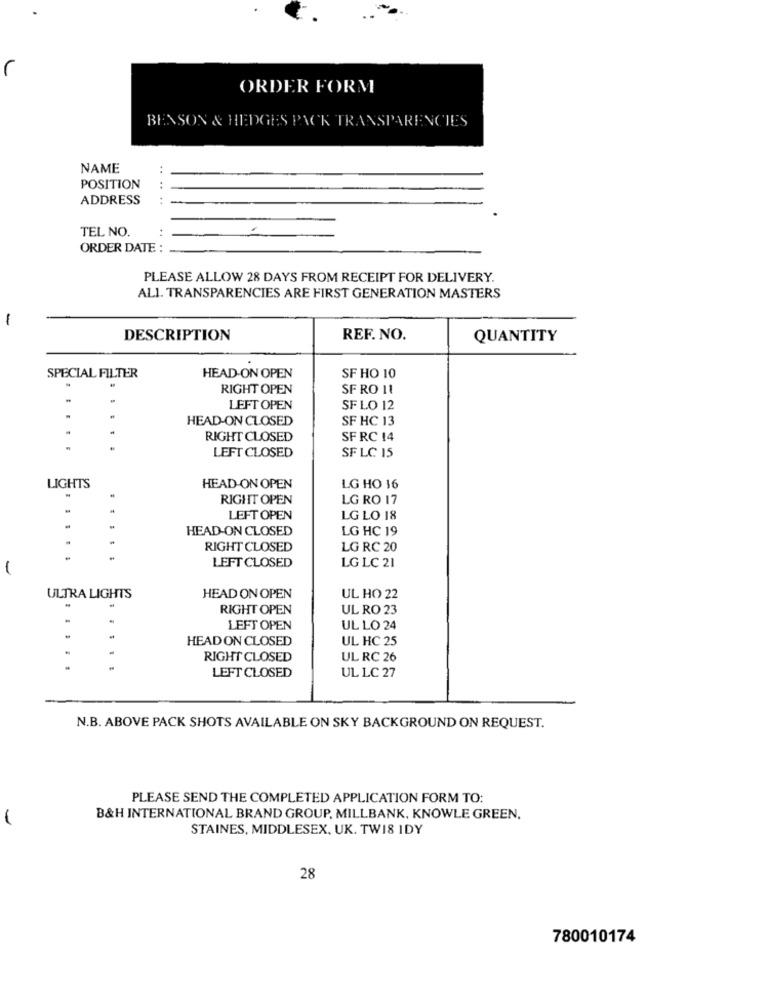
ORDER FORM
BENSON & HEDGES PACK TRANSPARENCIES
NAME
POSITION
ADDRESS
... ..
TEL NO.
.. .
ORDER DATE :
PLEASE ALLOW 28 DAYS FROM RECEIPT FOR DELIVERY.
ALI. TRANSPARENCIES ARE FIRST GENERATION MASTERS
1
DESCRIPTION
REF. NO.
QUANTITY
SPECIAL FILTER
HEAD-ON OPEN
SF HO 10
RIGHT OPEN
SF RO 11
LEFT OPEN
SF LO 12
HEAD-ON CLOSED
SF HC 13
RIGHT CLOSED
SF RC 14
LEFT CLOSED
SF LC 15
LIGHTS
HEAD-ON OPEN
LG HO 16
RIGHT OPEN
LG RO 17
LEFT OPEN
LG LO 18
HEAD-ON CLOSED
LG HC 19
RIGHT CLOSED
LG RC 20
LEFT CLOSED
LG LC 21
ULTRA LIGHTS
HEAD ON OPEN
UL HO 22
RIGHT OPEN
UL RO 23
LEFT OPEN
UL LO 24
.
HEAD ON CLOSED
UL HC 25
RIGHT CLOSED
UL RC 26
UL LC 27
LEFT CLOSED
N.B. ABOVE PACK SHOTS AVAILABLE ON SKY BACKGROUND ON REQUEST.
PLEASE SEND THE COMPLETED APPLICATION FORM TO:
B&H INTERNATIONAL BRAND GROUP, MILLBANK, KNOWLE GREEN.
STAINES, MIDDLESEX, UK. TW18 IDY
28
780010174